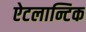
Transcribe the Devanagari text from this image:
ऐटलान्टिक